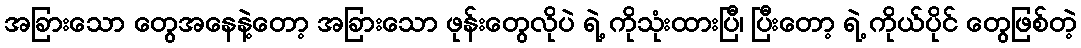
အခြားသော တွေအနေနဲ့တော့ အခြားသော ဖုန်းတွေလိုပဲ ရဲ့ ကိုသုံးထားပြီ၊ ပြီးတော့ ရဲ့ ကိုယ်ပိုင် တွေဖြစ်တဲ့